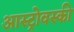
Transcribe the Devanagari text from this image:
आस्ट्रोवस्की